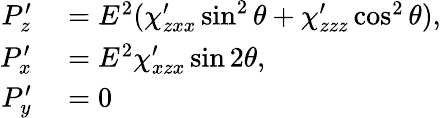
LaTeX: \begin{array}{rl}{P_{z}^{\prime}}&{{}=E^{2}(\chi_{zxx}^{\prime}\sin^{2}\theta+\chi_{zzz}^{\prime}\cos^{2}\theta),}\\ {P_{x}^{\prime}}&{{}=E^{2}\chi_{xzx}^{\prime}\sin 2\theta,}\\ {P_{y}^{\prime}}&{{}=0}\end{array}